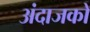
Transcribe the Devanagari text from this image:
अंदाजको